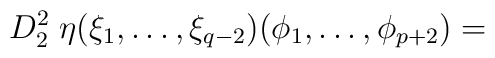
D_{2}^{2} \; \eta({\xi}_{1}, \ldots ,{\xi}_{q-2})           ({\phi}_{1}, \ldots ,{\phi}_{p+2})=